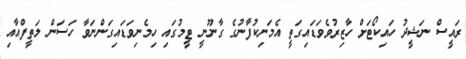
ރައީސް ނަޝީދު ހައިކޯޓަށް ހާޒިރުވެވަޑައިގަތީ އެމަނިކުފާނުގެ ގާނޫނީ ޓީމުގައި ހިމެނިވަޑައިގަންނަވާ ހަސަން ލަތީފްއާއި